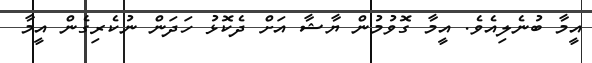
އީމާ ބުނެލިއެވެ. އީމާ ގޮވުމުން ޔާޝާ އަށް ދެކޮޅު ހަދަން ނުކެރިގެން އީމާ